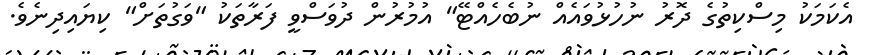
އެކަމަކު މިސްކިތުގެ ދޮރު ނުހުޅުވައެއް ނުބެހެއްޓޭ" އުމުރުން ދުވަސްވީ ފަރާތަކު "ވަގުތަށް" ކިޔައިދިނެވެ.